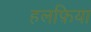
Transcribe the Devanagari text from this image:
हलफ़िया